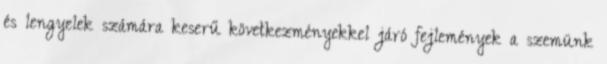
és lengyelek számára keserű következményekkel járó fejlemények a szemünk